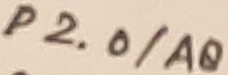
Text: P2.0/A8